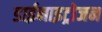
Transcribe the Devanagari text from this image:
डाईनाइट्रोजन